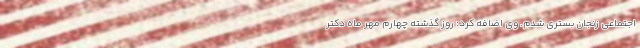
اجتماعی زنجان بستری شدم. وی اضافه کرد: روز گذشته چهارم مهر ماه دکتر